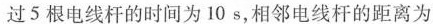
过5根电线杆的时间为10s，相邻电线杆的距离为